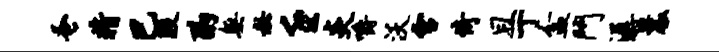
蚤精巴殷酌无秘壬炎嚼沃雪倚且丁盆斗潺曩